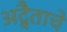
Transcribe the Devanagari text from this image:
अद्वैताचे